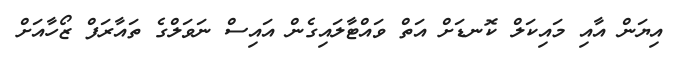
އިޔަން އާއި މައިކަލް ކޮނޑަށް އަތް ވައްޓާލައިގެން އައިސް ނަވަލްގެ ތައާރަފް ޒޯހާއަށް